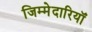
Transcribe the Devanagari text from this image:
जिम्मेदारियॉं